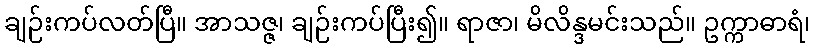
ချဉ်းကပ်လတ်ပြီ။ အာသဇ္ဇ၊ ချဉ်းကပ်ပြီး၍။ ရာဇာ၊ မိလိန္ဒမင်းသည်။ ဥက္ကာဓာရံ၊